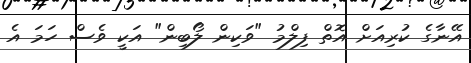
އޭނާގެ ކުރިއަށް އޮތް ފިލްމު "ވަކިން ލޯބިން" އަކީ ވެސް ހަމަ އެ